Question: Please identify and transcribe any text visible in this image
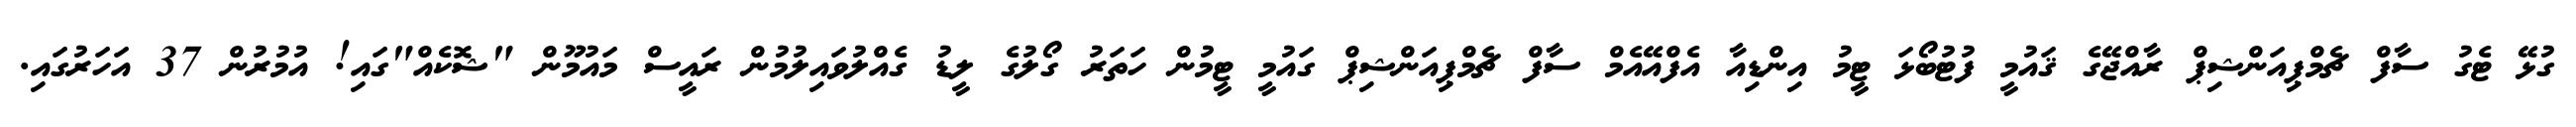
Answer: ގުޅޭ ޓެގު ސާފް ޗެމްޕިއަންޝިޕް ރާއްޖޭގެ ޤައުމީ ފުޓުބޯޅަ ޓީމު އިންޑިއާ އެފްއޭއެމް ސާފް ޗެމްޕިއަންޝިޕް ގައުމީ ޓީމުން ހަތަރު ގޯލުގެ ލީޑު ގެއްލުވައިލުމުން ރައީސް މައުމޫން "ޝޮކެއް"ގައި! އުމުރުން 37 އަހަރުގައި.